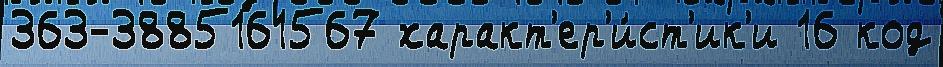
363-3885161567 характ'ер'и́ст'ик'и 16 код